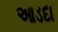
આડદા